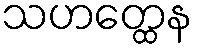
သဟတ္ထေန